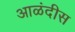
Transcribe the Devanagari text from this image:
आळंदीस